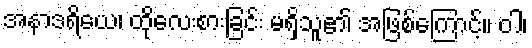
အနာဒရိယေ၊ ထိုလေးစားခြင်း မရှိသူ၏ အဖြစ်ကြောင့်။ ဝါ၊